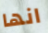
انها